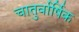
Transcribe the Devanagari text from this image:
चातुर्वार्षिक